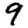
Digit: 9